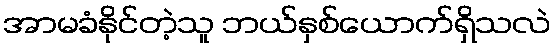
အာမခံနိုင်တဲ့သူ ဘယ်နှစ်ယောက်ရှိသလဲ